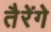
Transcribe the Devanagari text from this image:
तैरेंगे